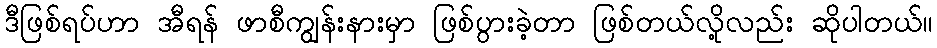
ဒီဖြစ်ရပ်ဟာ အီရန် ဖာစီကျွန်းနားမှာ ဖြစ်ပွားခဲ့တာ ဖြစ်တယ်လို့လည်း ဆိုပါတယ်။